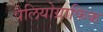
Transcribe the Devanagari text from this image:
पैलियोग्राफिक